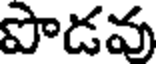
పొడవు